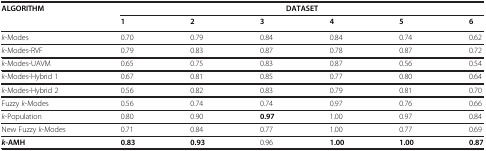
<table><thead><tr><td><b>ALGORITHM</b></td><td colspan="6"><b>DATASET</b></td></tr><tr><td><b> </b></td><td><b>1</b></td><td><b>2</b></td><td><b>3</b></td><td><b>4</b></td><td><b>5</b></td><td><b>6</b></td></tr></thead><tbody><tr><td><i>k</i>-Modes</td><td>0.70</td><td>0.79</td><td>0.84</td><td>0.84</td><td>0.74</td><td>0.62</td></tr><tr><td><i>k</i>-Modes-RVF</td><td>0.79</td><td>0.83</td><td>0.87</td><td>0.78</td><td>0.87</td><td>0.72</td></tr><tr><td><i>k</i>-Modes-UAVM</td><td>0.65</td><td>0.75</td><td>0.83</td><td>0.87</td><td>0.56</td><td>0.54</td></tr><tr><td><i>k</i>-Modes-Hybrid 1</td><td>0.67</td><td>0.81</td><td>0.85</td><td>0.77</td><td>0.80</td><td>0.64</td></tr><tr><td><i>k</i>-Modes-Hybrid 2</td><td>0.56</td><td>0.82</td><td>0.83</td><td>0.79</td><td>0.81</td><td>0.70</td></tr><tr><td>Fuzzy <i>k</i>-Modes</td><td>0.56</td><td>0.74</td><td>0.74</td><td>0.97</td><td>0.76</td><td>0.66</td></tr><tr><td><i>k</i>-Population</td><td>0.80</td><td>0.90</td><td><b>0.97</b></td><td>1.00</td><td>0.97</td><td>0.84</td></tr><tr><td>New Fuzzy <i>k</i>-Modes</td><td>0.71</td><td>0.84</td><td>0.77</td><td>1.00</td><td>0.77</td><td>0.69</td></tr><tr><td><b><i>k</i></b><b>-AMH</b></td><td><b>0.83</b></td><td><b>0.93</b></td><td>0.96</td><td><b>1.00</b></td><td><b>1.00</b></td><td><b>0.87</b></td></tr></tbody></table>